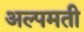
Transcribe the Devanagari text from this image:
अल्पमती